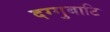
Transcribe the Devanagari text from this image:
दग्गुबाटि